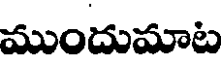
ముందుమాట